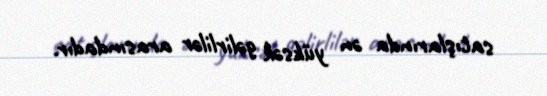
satışlarında ən yüksək gəlirlilər arasındadır.